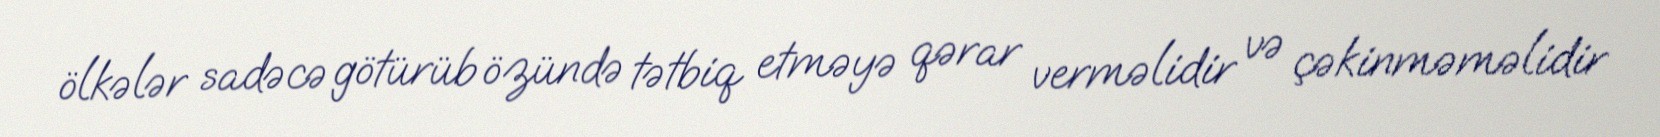
ölkələr sadəcə götürüb özündə tətbiq etməyə qərar verməlidir və çəkinməməlidir